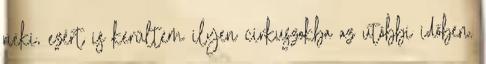
neki, ezért is kerültem ilyen cirkuszokba az utóbbi időben.